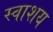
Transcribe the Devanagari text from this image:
स्वाशय